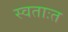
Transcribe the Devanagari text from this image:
स्वताःत